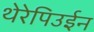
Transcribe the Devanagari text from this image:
थेरेपिउईन